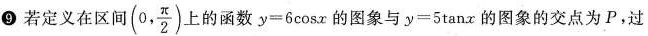
9若定义在区间(0, \frac{ \pi }{2})上的函数$$y=6\cos x$$的图象与$$y=5\tan x$$的图象的交点为P，过